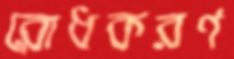
রোধকরণ